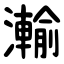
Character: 瀭